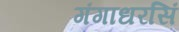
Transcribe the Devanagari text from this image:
गंगाधरसिं